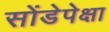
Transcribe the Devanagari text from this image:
सोंडेपेक्षा